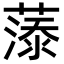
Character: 𮑓